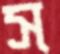
স